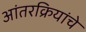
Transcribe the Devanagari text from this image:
आंतरक्रियांचे